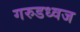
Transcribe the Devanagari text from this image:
गरुडध्वज